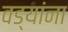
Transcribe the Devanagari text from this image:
वड्यांना